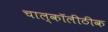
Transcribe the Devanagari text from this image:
चाल्कॉलीठीक